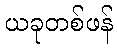
ယခုတစ်ဖန်